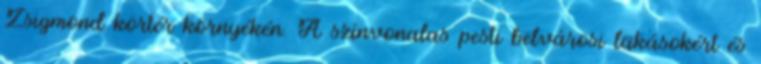
Zsigmond körtér környékén. A színvonalas pesti belvárosi lakásokért és